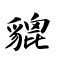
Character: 貔